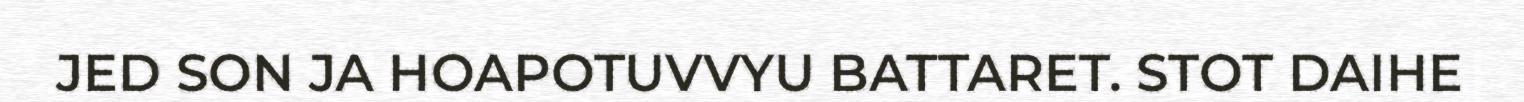
JED SON JA HOAPOTUVVYU BATTARET. STOT DAIHE